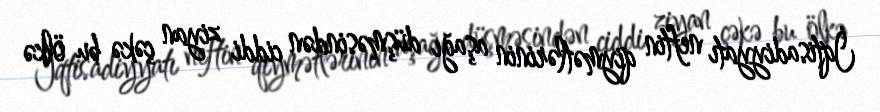
İqtisadiyyatı neftin qiymətlərinin aşağı düşməsindən ciddi ziyan çəkə bu ölkə